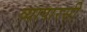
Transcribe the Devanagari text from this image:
व्यापारसी